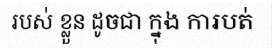
របស់ ខ្លួន ដូចជា ក្នុង ការបត់